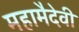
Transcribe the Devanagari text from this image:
महामैदेवी